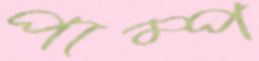
পাম্প